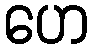
ဟေ